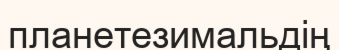
планетезимальдің